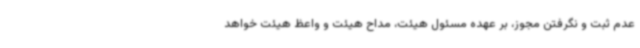
عدم ثبت و نگرفتن مجوز، بر عهده مسئول هیئت، مداح هیئت و واعظ هیئت خواهد